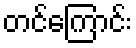
တင်ကြောင်း